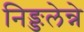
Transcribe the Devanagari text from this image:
निङ्ङलेन्ने